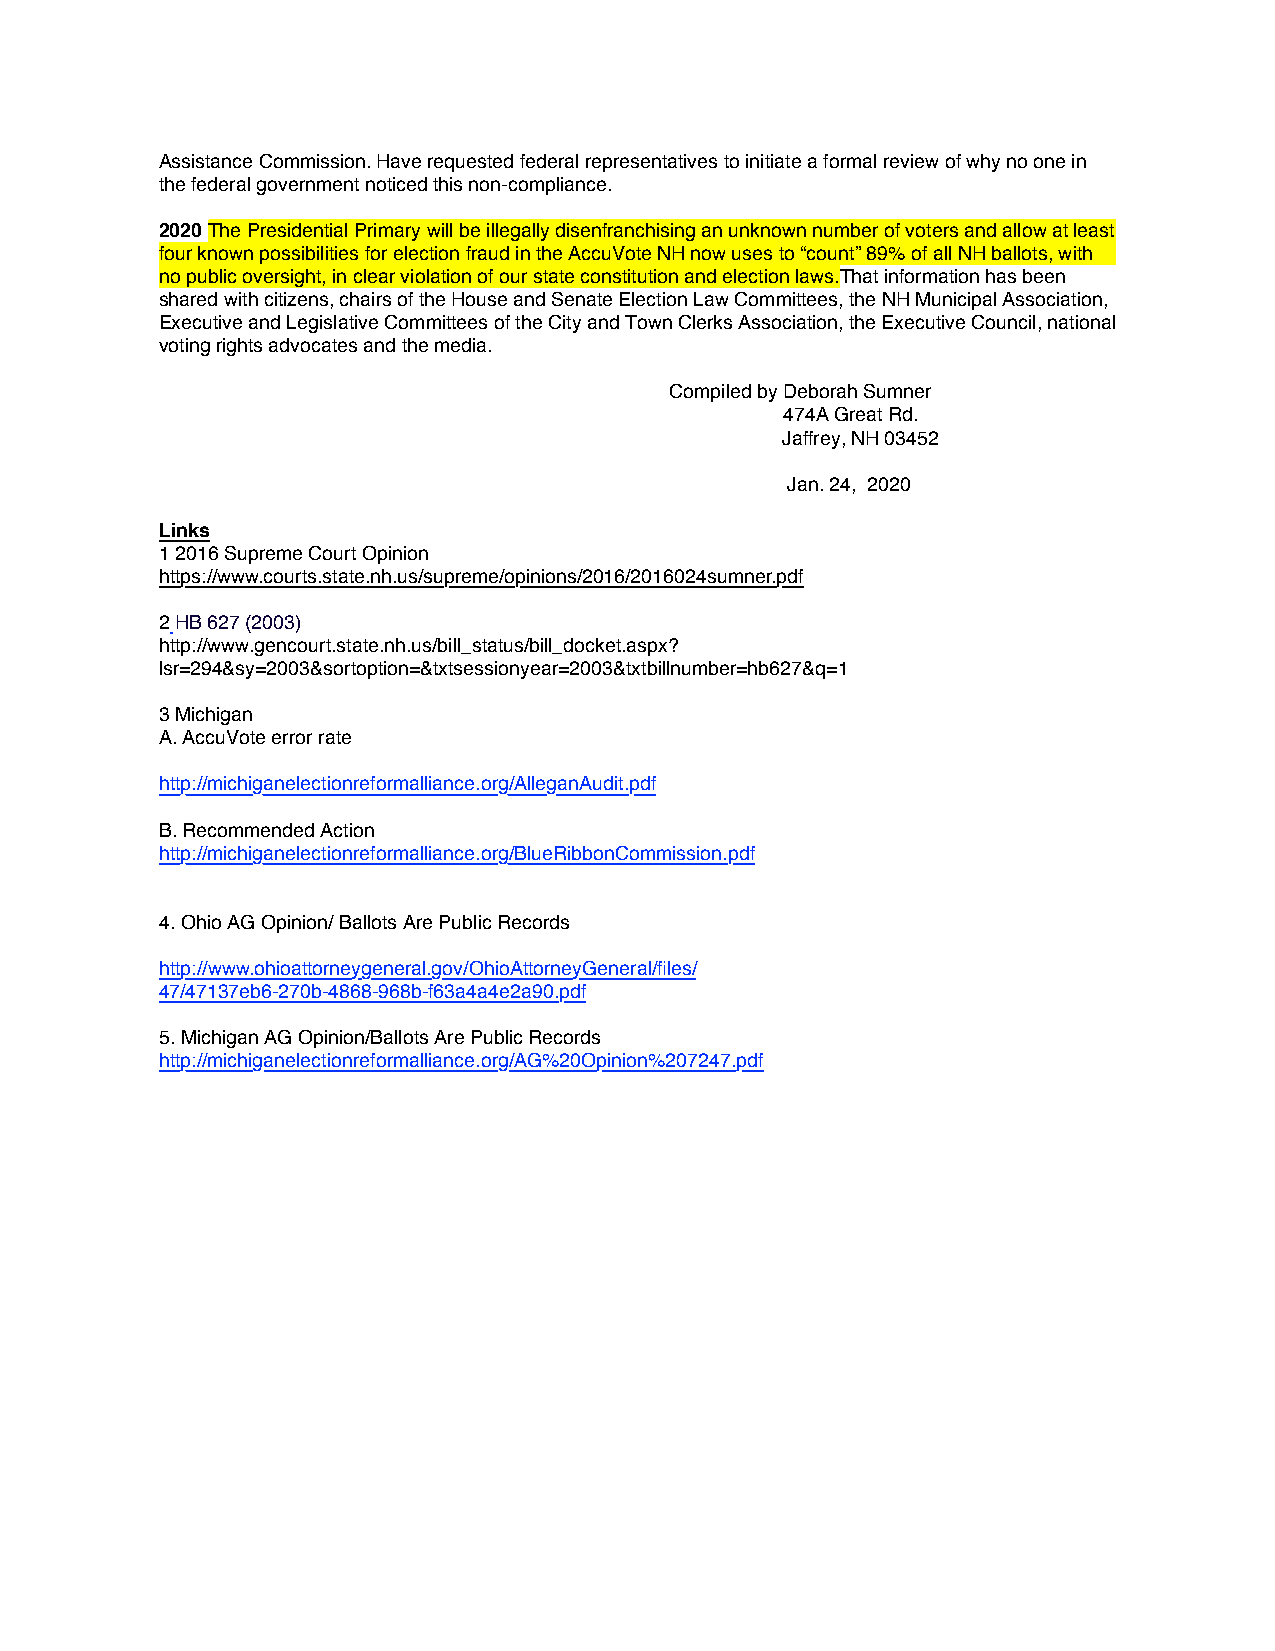
Assistance Commission. Have requested federal representatives to initiate a formal review of why no one in
 the federal government noticed this non-compliance.
 2020 The Presidential Primary will be illegally disenfranchising an unknown number of voters and allow at least
 four known possibilities for election fraud in the AccuVote NH now uses to “count” 89% of all NH ballots, with
 no public oversight, in clear violation of our state constitution and election laws.That information has been
 shared with citizens, chairs of the House and Senate Election Law Committees, the NH Municipal Association,
 Executive and Legislative Committees of the City and Town Clerks Association, the Executive Council, national
 voting rights advocates and the media.
 Compiled by Deborah Sumner
 474A Great Rd.
 Jaffrey, NH 03452
 Jan. 24, 2020
 Links
 1 2016 Supreme Court Opinion
 https://www.courts.state.nh.us/supreme/opinions/2016/2016024sumner.pdf
 2 HB 627 (2003)
 http://www.gencourt.state.nh.us/bill_status/bill_docket.aspx?
 lsr=294&sy=2003&sortoption=&txtsessionyear=2003&txtbillnumber=hb627&q=1
 3 Michigan
 A. AccuVote error rate
 http://michiganelectionreformalliance.org/AlleganAudit.pdf
 B. Recommended Action
 http://michiganelectionreformalliance.org/BlueRibbonCommission.pdf
 4. Ohio AG Opinion/ Ballots Are Public Records
 http://www.ohioattorneygeneral.gov/OhioAttorneyGeneral/files/
 47/47137eb6-270b-4868-968b-f63a4a4e2a90.pdf
 5. Michigan AG Opinion/Ballots Are Public Records
 http://michiganelectionreformalliance.org/AG%20Opinion%207247.pdf